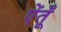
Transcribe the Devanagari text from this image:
ऐंतूँ